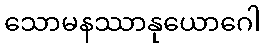
သောမနဿာနုယောဂေါ